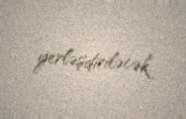
yerləşdiriləcək.